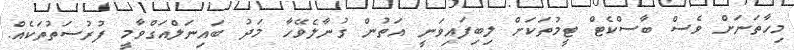
މިހާތަނަށް ވެސް ބާސްކެޓް ޓީމުތަކަށް ލިބިފައިވަނީ އަތުން ގުނާލެވޭހާ މަދު ބައިނަލްއަގްވާމީ ފުރުސަތުތަކެއް.